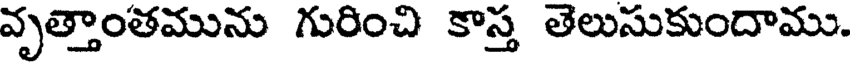
వృత్తాంతమును గురించి కాస్త తెలుసుకుందాము.